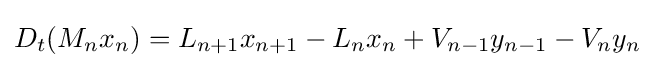
D_{t}(M_{n}x_{n})=L_{n+1}x_{n+1}-L_{n}x_{n}+V_{n-1}y_{n-1}-V_{n}y_{n}